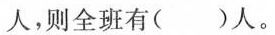
人，则全班有( )人。